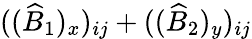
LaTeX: ((\widehat{B}_{1})_{x})_{ij}+((\widehat{B}_{2})_{y})_{ij}